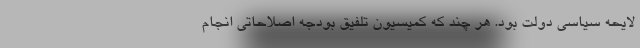
لایحه سیاسی دولت بود. هر چند که کمیسیون تلفیق بودجه اصلاحاتی انجام